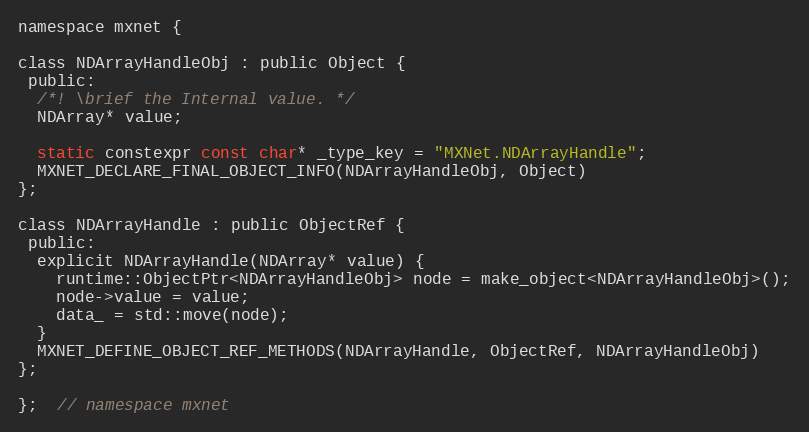
Language: C
namespace mxnet {

class NDArrayHandleObj : public Object {
 public:
  /*! \brief the Internal value. */
  NDArray* value;

  static constexpr const char* _type_key = "MXNet.NDArrayHandle";
  MXNET_DECLARE_FINAL_OBJECT_INFO(NDArrayHandleObj, Object)
};

class NDArrayHandle : public ObjectRef {
 public:
  explicit NDArrayHandle(NDArray* value) {
    runtime::ObjectPtr<NDArrayHandleObj> node = make_object<NDArrayHandleObj>();
    node->value = value;
    data_ = std::move(node);
  }
  MXNET_DEFINE_OBJECT_REF_METHODS(NDArrayHandle, ObjectRef, NDArrayHandleObj)
};

};  // namespace mxnet